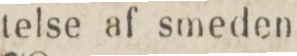
telse af smeden